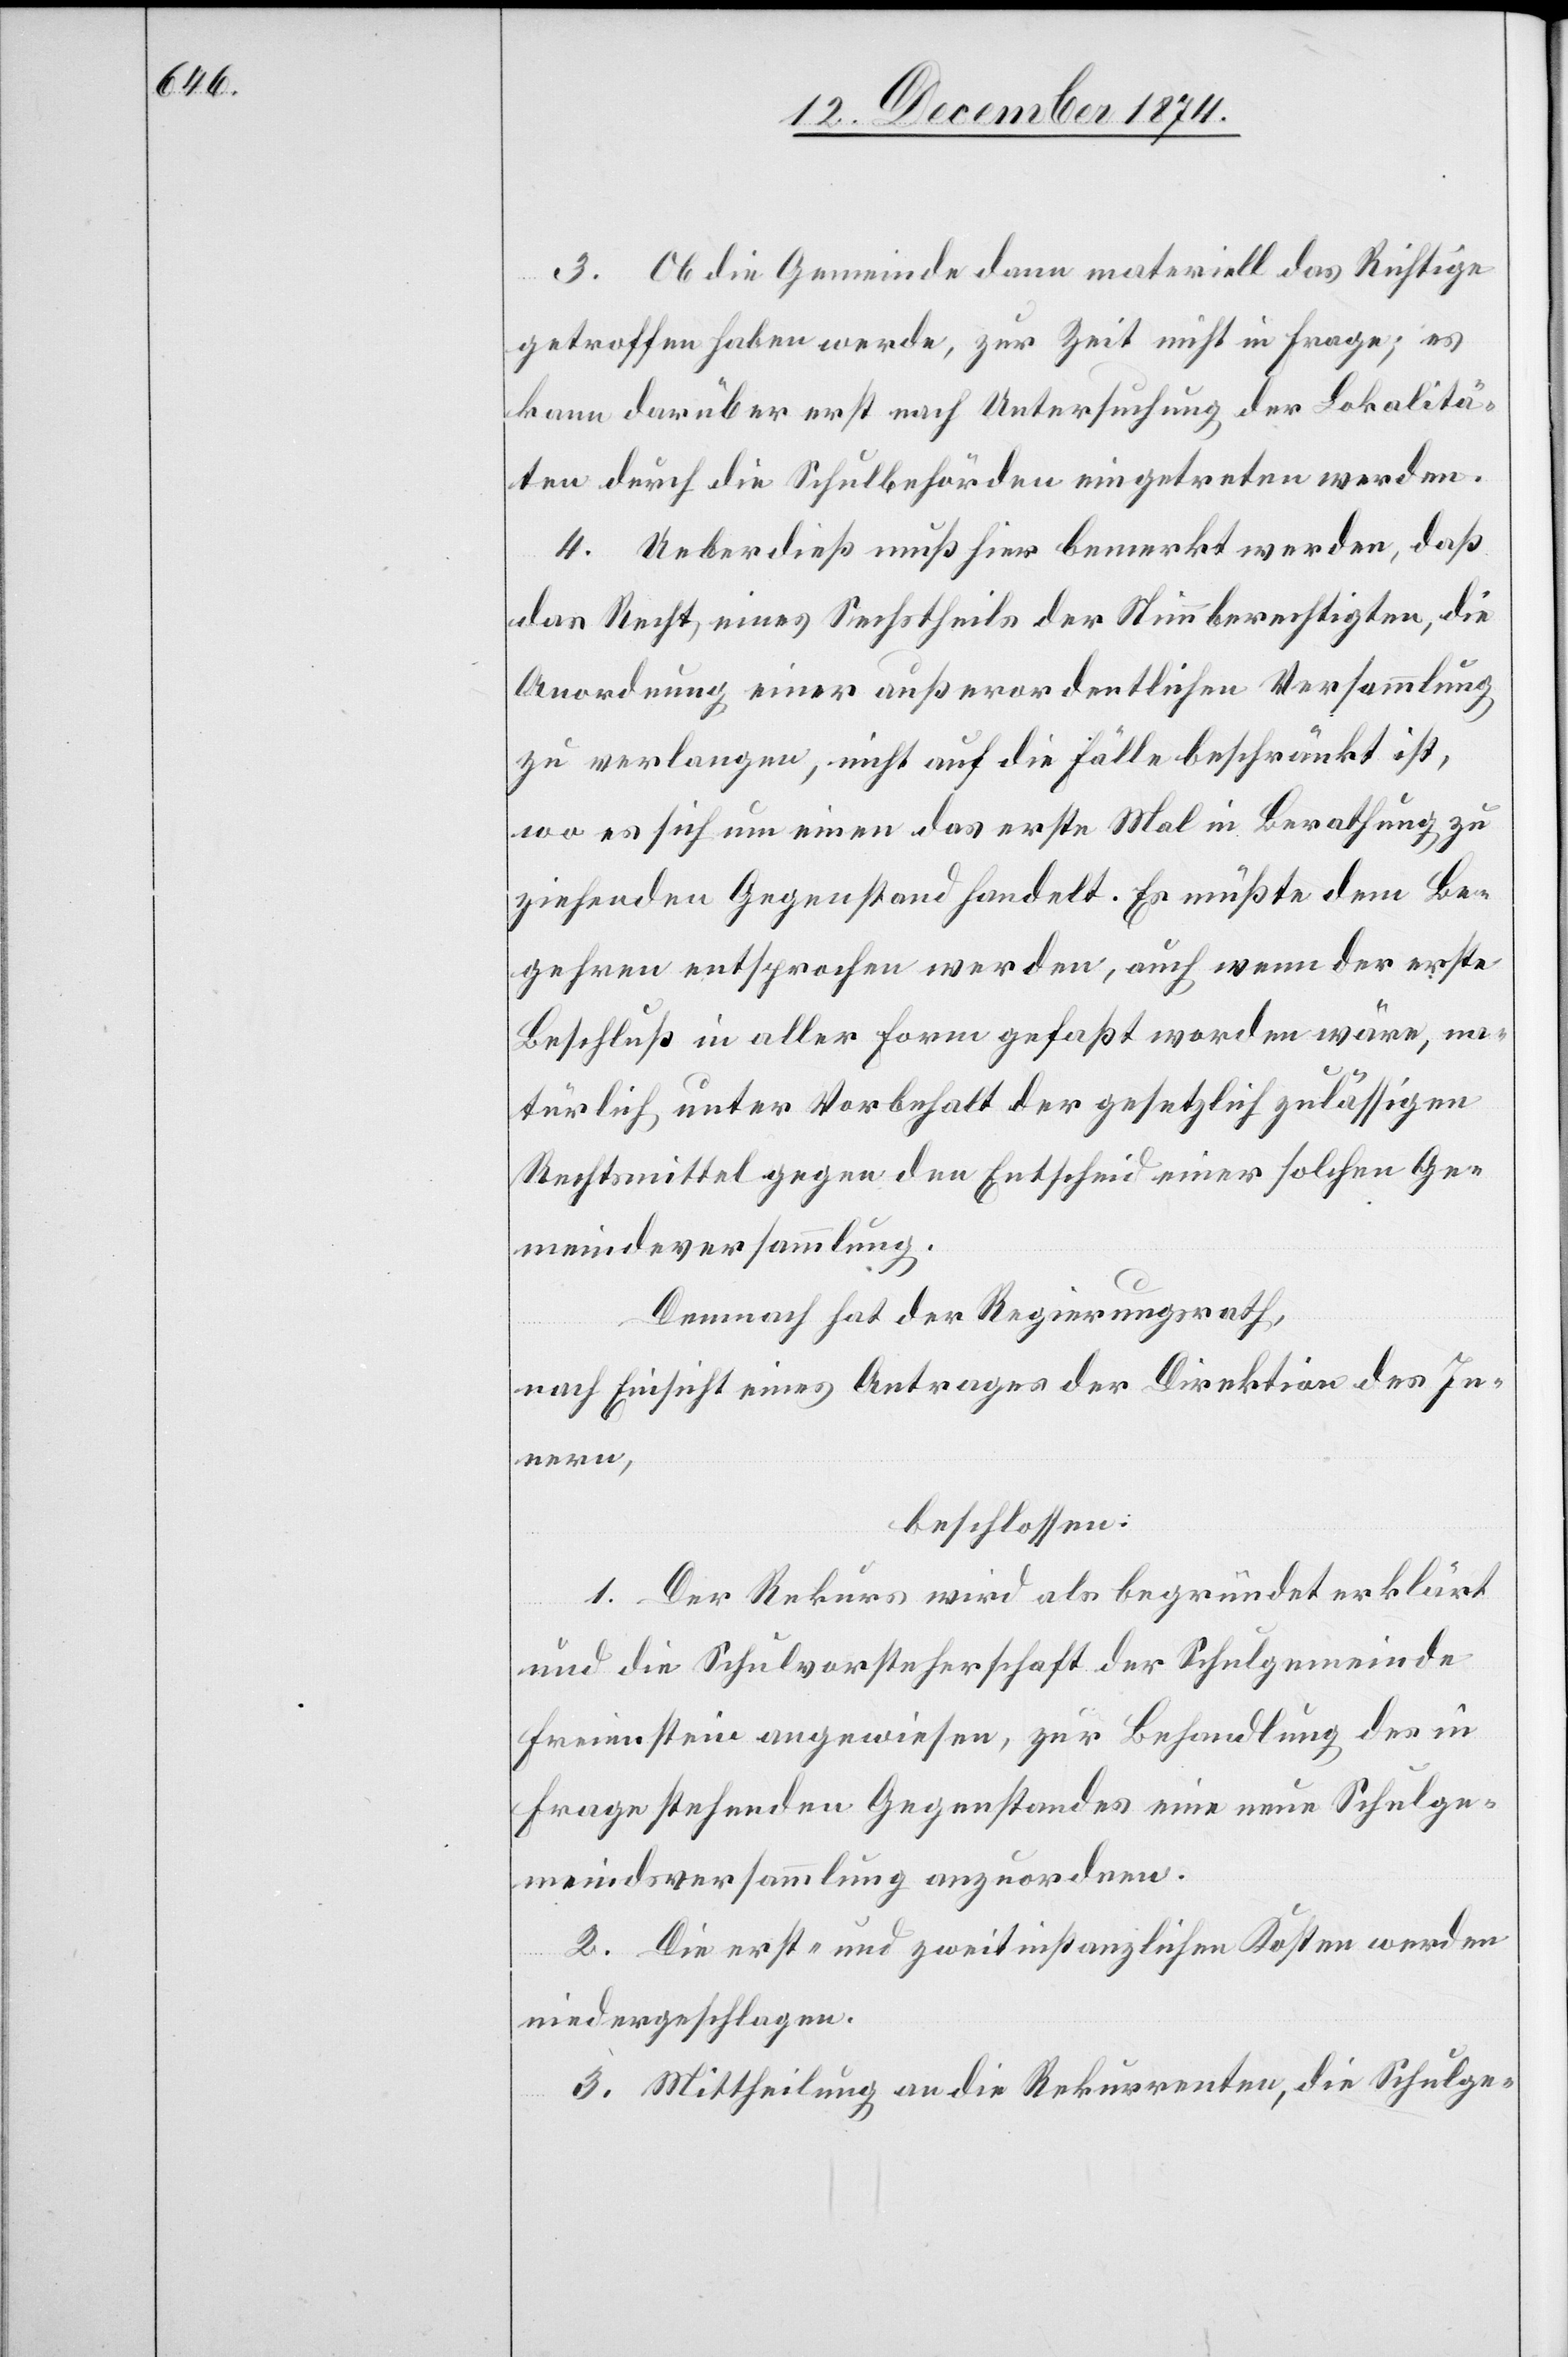
3. Ob die Gemeinde dann materiell das Richtige
getroffen haben werde, [steht] zur Zeit nicht in Frage; es
kann darüber erst nach Untersuchung der Lokalitä¬
ten durch die Schulbehörden eingetreten werden.
4. Ueberdieß muß hier bemerkt werden, daß
das Recht eines Sechstheils der Stimmberechtigten, die
Anordnung einer außerordentlichen Versammlung
zu verlangen, nicht auf die Fälle beschränkt ist,
wo es sich um einen das erste Mal in Berathung zu
ziehenden Gegenstand handelt. Es müßte dem Be¬
gehren entsprochen werden, auch wenn der erste
Beschluß in aller Form gefaßt worden wäre, na¬
türlich unter Vorbehalt der gesetzlich zulässigen
Rechtmittel gegen den Entscheid einer solchen Ge¬
meindsversammlung.
Demnach hat der Regierungsrath,
nach Einsicht eines Antrages der Direktion des In¬
nern,
beschlossen:
1. Der Rekurs wird als begründet erklärt
und die Schulvorsteherschaft der Schulgemeinde
Freienstein angewiesen, zur Behandlung des in
Frage stehenden Gegenstandes eine neue Schulge¬
meindsversammlung anzuordnen.
2. Die erst- und zweitinstanzlichen Kosten werden
niedergeschlagen.
3. Mittheilung an die Rekurrenten, die Schulge-